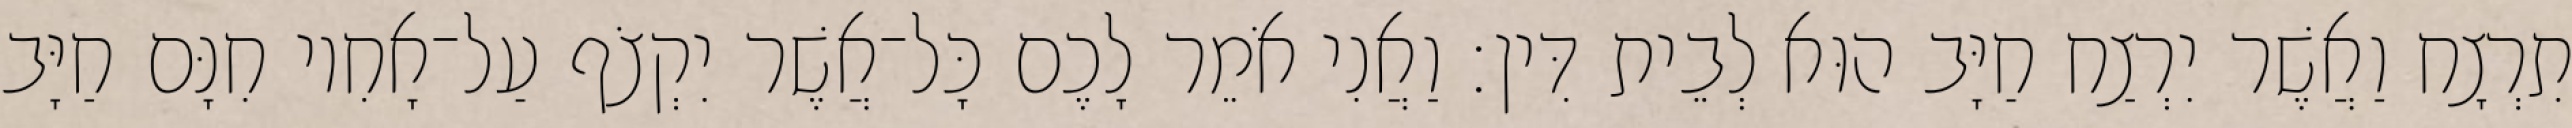
תִרְצָח וַאֲשֶׁר יִרְצַח חַיָּב הוּא לְבֵית דִּין׃ וַאֲנִי אֹמֵר לָכֶם כָּל־אֲשֶׁר יִקְצֹף עַל־אָחִיו חִנָּם חַיָּב